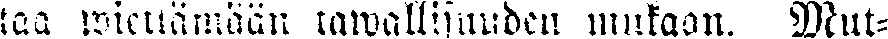
taa wiettämään tawallisuuden mukaan. Mut-